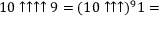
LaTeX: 1 0 \uparrow \uparrow \uparrow \uparrow 9 = ( 1 0 \uparrow \uparrow \uparrow ) ^ { 9 } 1 =